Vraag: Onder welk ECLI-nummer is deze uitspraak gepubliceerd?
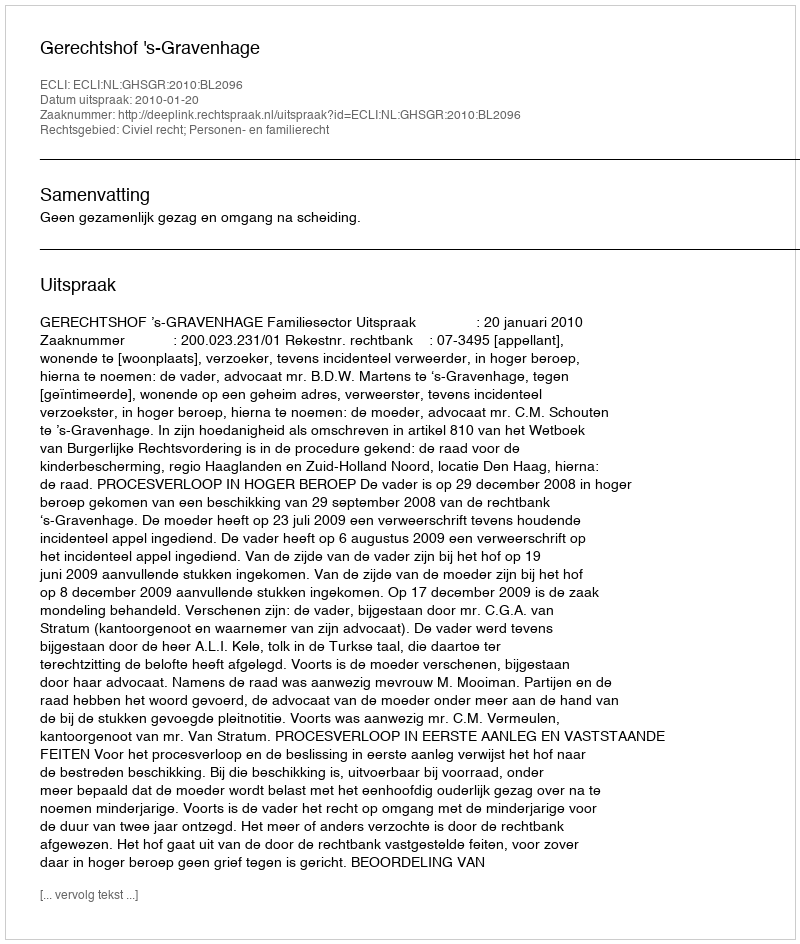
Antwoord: ECLI:NL:GHSGR:2010:BL2096